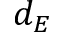
d _ { E }